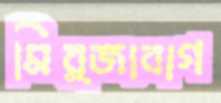
মির্জাবাগ